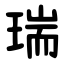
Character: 瑞